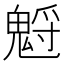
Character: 𩳡